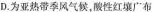
D.为亚热带季风气候，酸性红壤广布